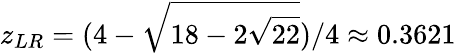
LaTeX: z_{LR}=(4-\sqrt{18-2\sqrt{22}})/4\approx 0.3621